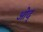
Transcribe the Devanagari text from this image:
ओद्